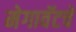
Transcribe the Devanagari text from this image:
मेगावॅटचे